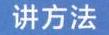
讲方法